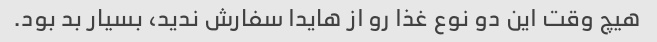
هیچ وقت این دو نوع غذا رو از هایدا سفارش ندید، بسیار بد بود.